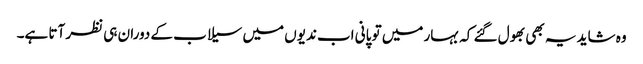
وہ شاید یہ بھی بھول گئے کہ بہار میں تو پانی اب ندیوں میں سیلاب کے دوران ہی نظر آتا ہے۔